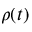
\rho ( t )